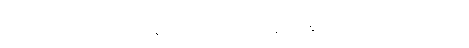
ထိုဘုရားလောင်းသည်။ နဝဝဿသတဿာနိ၊ အနှစ်ကိုးသောင်းသို့ပတ်လုံး။